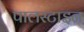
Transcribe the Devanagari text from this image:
पालस्टाइन